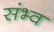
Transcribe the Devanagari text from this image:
संभ्व